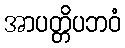
အာပတ္တိပဘဝံ